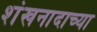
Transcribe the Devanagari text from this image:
शंखनादाच्या